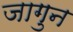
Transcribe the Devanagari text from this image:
जागुन